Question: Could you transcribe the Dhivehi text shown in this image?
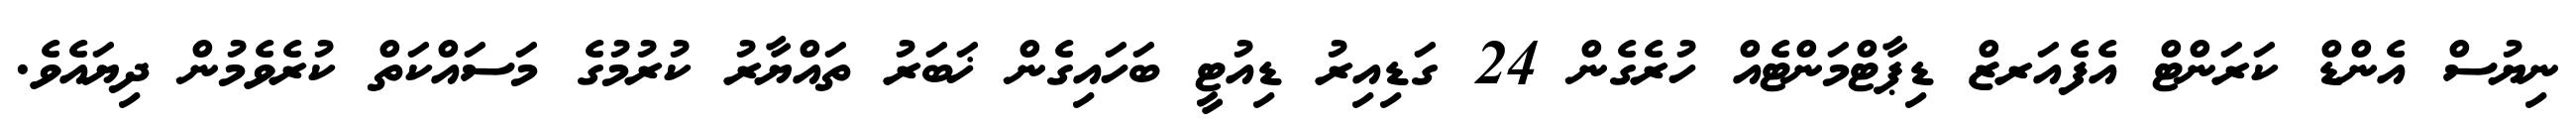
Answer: ނިޔުސް އެންޑް ކަރަންޓް އެފެއަރޒް ޑިޕާޓްމަންޓެއް ހުރެގެން 24 ގަޑިއިރު ޑިއުޓީ ބަހައިގެން ޚަބަރު ތައްޔާރު ކުރުމުގެ މަސައްކަތް ކުރެވެމުން ދިޔައެވެ.